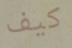
كيف